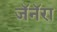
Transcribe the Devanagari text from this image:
जॅनॅरा